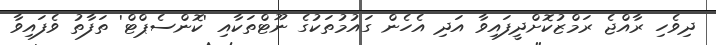
ދިވެހި ރާއްޖެ ރަމްޒުކޮށްދީފައިވާ އަދި އެހެން ގައުމުތަކުގެ ނޫޓްތަކާއި 'ކޮންސެޕްޓް' ތަފާތު ވެފައިވާ